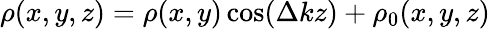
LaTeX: \rho(x,y,z)=\rho(x,y)\cos(\Delta kz)+\rho_{0}(x,y,z)